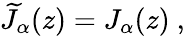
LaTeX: \widetilde J_{\alpha}(z)=J_{\alpha}(z)~,